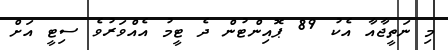
މި ނަތީޖާއާ އެކު 89 ޕޮއިންޓުން ދެ ޓީމު އެއްވަރުވެ ސިޓީ އަށް